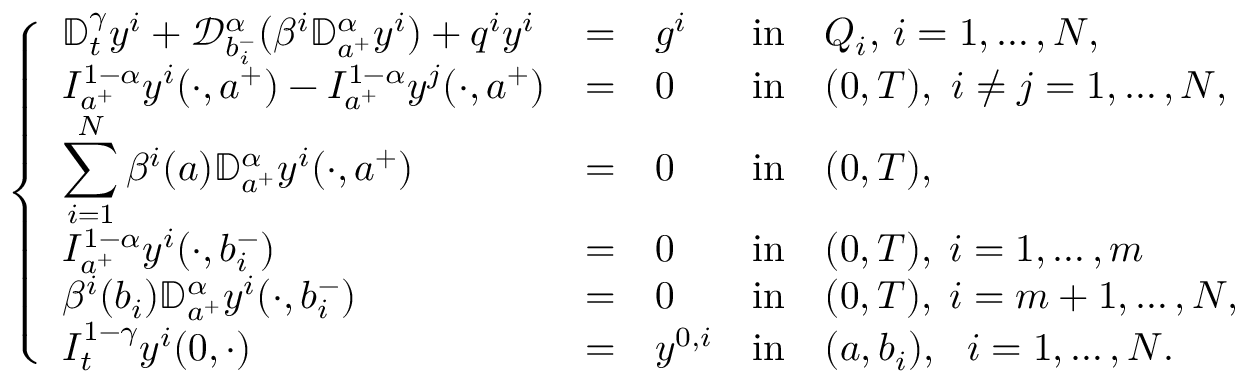
\left\{ \begin{array} { l l l l l l l l l l l l l l l l l } { \displaystyle { \mathbb D } _ { t } ^ { \gamma } y ^ { i } + \mathcal { D } _ { b _ { i } ^ { - } } ^ { \alpha } ( \beta ^ { i } \mathbb { D } _ { a ^ { + } } ^ { \alpha } y ^ { i } ) + q ^ { i } y ^ { i } } & { = } & { g ^ { i } } & { \mathrm { i n } } & { Q _ { i } , \, i = 1 , \dots , N , } \\ { \displaystyle I _ { a ^ { + } } ^ { 1 - \alpha } y ^ { i } ( \cdot , a ^ { + } ) - I _ { a ^ { + } } ^ { 1 - \alpha } y ^ { j } ( \cdot , a ^ { + } ) } & { = } & { 0 } & { \mathrm { i n } } & { ( 0 , T ) , ~ i \neq j = 1 , \dots , N , } \\ { \displaystyle \sum _ { i = 1 } ^ { N } \beta ^ { i } ( a ) \mathbb { D } _ { a ^ { + } } ^ { \alpha } y ^ { i } ( \cdot , a ^ { + } ) } & { = } & { 0 } & { \mathrm { i n } } & { ( 0 , T ) , } \\ { \displaystyle I _ { a ^ { + } } ^ { 1 - \alpha } y ^ { i } ( \cdot , b _ { i } ^ { - } ) } & { = } & { 0 } & { \mathrm { i n } } & { ( 0 , T ) , \; i = 1 , \dots , m } \\ { \displaystyle \beta ^ { i } ( b _ { i } ) \mathbb { D } _ { a ^ { + } } ^ { \alpha } y ^ { i } ( \cdot , b _ { i } ^ { - } ) } & { = } & { 0 } & { \mathrm { i n } } & { ( 0 , T ) , \; i = m + 1 , \dots , N , } \\ { \displaystyle I _ { t } ^ { 1 - \gamma } y ^ { i } ( 0 , \cdot ) } & { = } & { y ^ { 0 , i } } & { \mathrm { i n } } & { ( a , b _ { i } ) , ~ ~ i = 1 , \dots , N . } \end{array} \right.